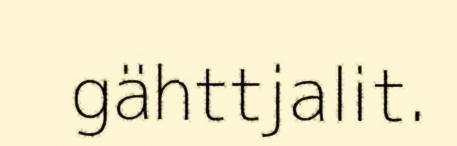
gähttjalit.